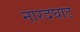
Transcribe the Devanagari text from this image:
नारदघाट